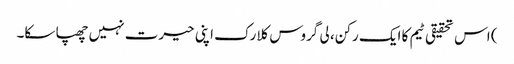
) اس تحقیقی ٹیم کا ایک رکن، لی گروس کلارک اپنی حیرت نہیں چھپا سکا۔